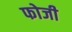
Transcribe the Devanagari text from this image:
फोजी